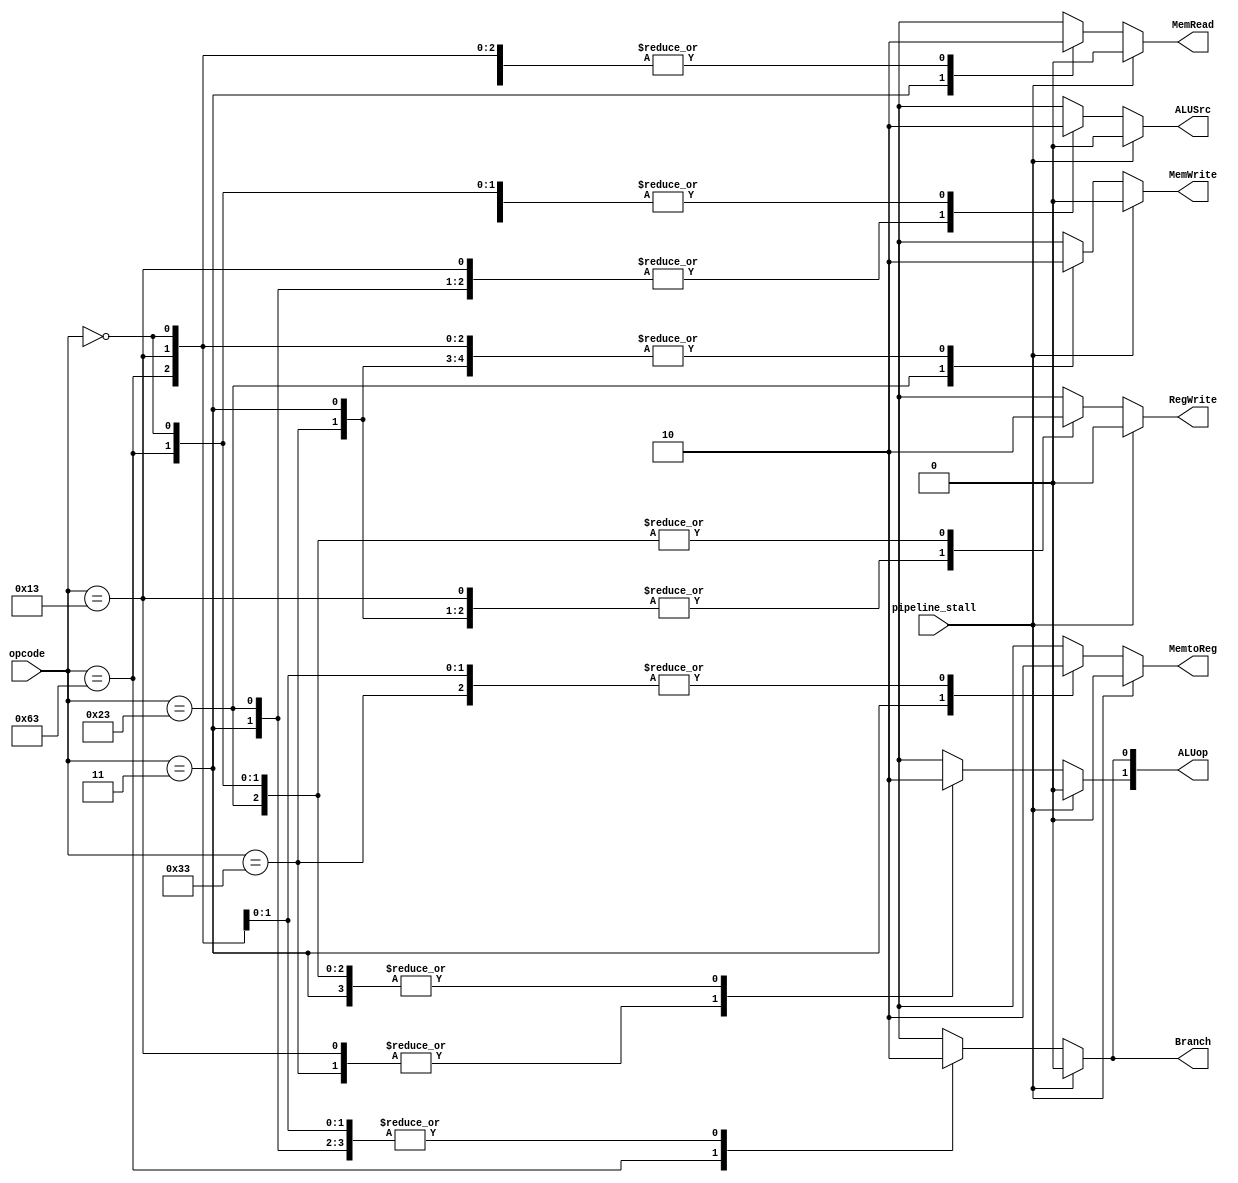
`timescale 1ns / 1ps
//////////////////////////////////////////////////////////////////////////////////
// Company: 
// Engineer: 
// 
// Design Name: 
// Module Name: control_path
// Project Name: 
// Target Devices: 
// Tool Versions: 
// Description: 
// 
// Dependencies: 
// 
// Revision:
// Revision 0.01 - File Created
// Additional Comments:
// 
//////////////////////////////////////////////////////////////////////////////////


module control_path(input [6:0] opcode,
                    input pipeline_stall,
                    output reg MemRead,MemtoReg,MemWrite,RegWrite,Branch,ALUSrc,
                    output reg [1:0] ALUop);

 always @* begin
 
        if(pipeline_stall) begin
            MemRead <= 0;
            MemtoReg <= 0;
            MemWrite <= 0;
            RegWrite <= 0;
            Branch <= 0;
            ALUSrc <= 0;
            ALUop <= 0;
        end
        else begin
            case(opcode)
            
            // Instructiuni de tip R
            7'b0110011: begin
                MemRead <= 0;
                MemtoReg <= 0;
                MemWrite <= 0;
                RegWrite <= 1;
                Branch <= 0;
                ALUSrc <= 0;
                ALUop[1] <= 1;
                ALUop[0] <= 0;
            end
            
            // LD
            7'b0000011: begin
                MemRead <= 1;
                MemtoReg <= 1;
                MemWrite <= 0;
                RegWrite <= 1;
                Branch <= 0;
                ALUSrc <= 1;
                ALUop[1] <= 0;
                ALUop[0] <= 0;
            end
            
            // SD
            7'b0100011: begin
                MemRead <= 0;
                MemtoReg <= 1'bX;
                MemWrite <= 1;
                RegWrite <= 0;
                Branch <= 0;
                ALUSrc <= 1;
                ALUop[1] <= 0;
                ALUop[0] <= 0;
            end
            
             // BEQ
            7'b1100011: begin
                MemRead <= 0;
                MemtoReg <= 1'bX;
                MemWrite <= 0;
                RegWrite <= 0;
                Branch <= 1;
                ALUSrc <= 0;
                ALUop[1] <= 0;
                ALUop[0] <= 1;
            end
            
            // I-Type (ADDI, ANDI, ORI, XORI, SLTI, SLTIU, SW, SLTI, SLLI, SRLI, SRAI)
            // va fi la fel ca la R, doar ca ALUSrc va fi setat pe 1 (o valoare va fi luata direct din ALU)
            7'b0010011: begin
                MemRead <= 0;
                MemtoReg <= 0;
                MemWrite <= 0;
                RegWrite <= 1;
                Branch <= 0;
                ALUSrc <= 1;
                ALUop[1] <= 1;
                ALUop[0] <= 0;
            end
               
            // nop de la Instruction Set Architecture
            7'b0000000: begin
                MemRead <= 0;
                MemtoReg <= 0;
                MemWrite <= 0;
                RegWrite <= 0;
                Branch <= 0;
                ALUSrc <= 0;
                ALUop[1] <= 0;
                ALUop[0] <= 0;
            end
            
            // caz de baza (cand in este XXXXX) -> out va fi XXXXX
            default:
            begin
                MemRead <= 1'bX;
                MemtoReg <= 1'bX;
                MemWrite <= 1'bX;
                RegWrite <= 1'bX;
                Branch <= 1'bX;
                ALUSrc <= 1'bX;
                ALUop[1] <= 1'bX;
                ALUop[0] <= 1'bX;
            end
            endcase
        end
end
                    
endmodule